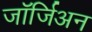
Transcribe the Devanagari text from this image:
जॉर्जिअन